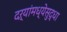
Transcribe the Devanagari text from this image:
दऱ्यांमध्येसुद्धा